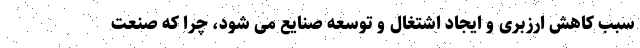
سبب کاهش ارزبری و ایجاد اشتغال و توسعه صنایع می شود، چرا که صنعت